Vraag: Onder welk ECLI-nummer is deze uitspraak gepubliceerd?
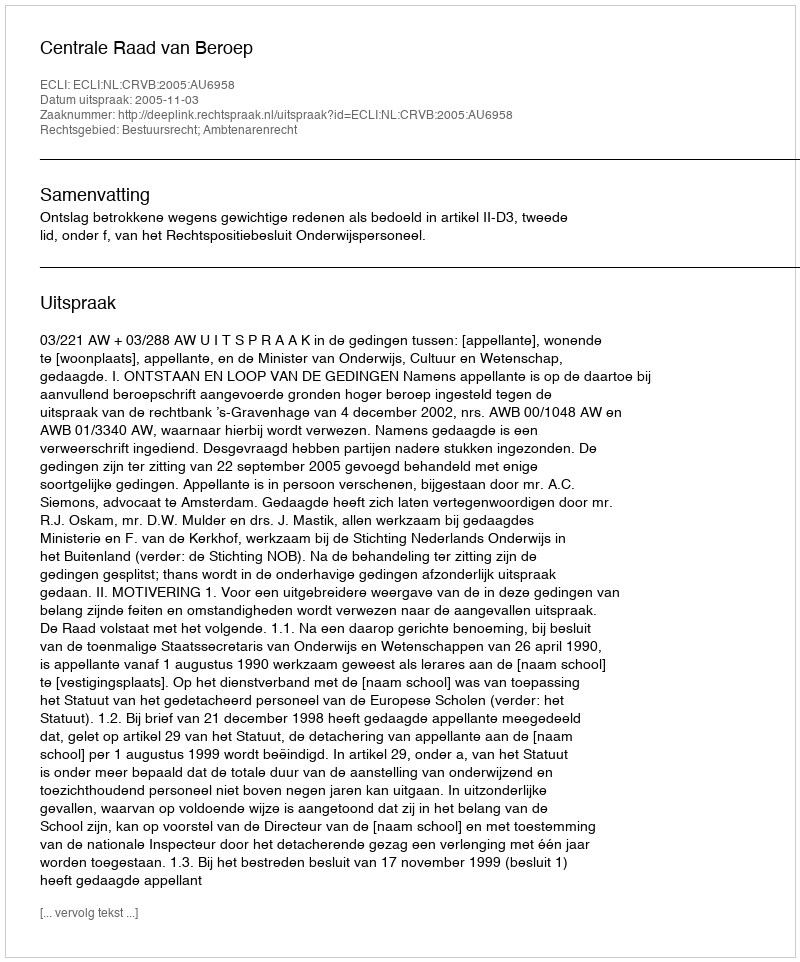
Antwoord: ECLI:NL:CRVB:2005:AU6958